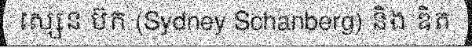
ស្សេន ប៊ក (Sydney Schanberg) និង ឌិត